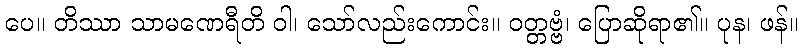
ပေ။ တိဿာ သာမဏေရီတိ ဝါ၊ သော်လည်းကောင်း။ ဝတ္တဗ္ဗံ၊ ပြောဆိုရာ၏။ ပုန၊ ဖန်။